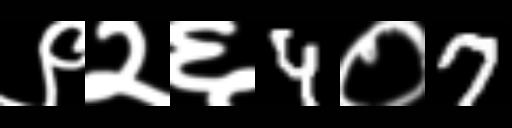
Text: ९२६4०7